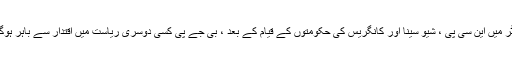
مہاراشٹر میں این سی پی ، شیو سینا اور کانگریس کی حکومتوں کے قیام کے بعد ، بی جے پی کسی دوسری ریاست میں اقتدار سے باہر ہوگئی ہے۔